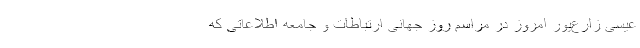
عیسی زارع‌پور امروز در مراسم روز جهانی ارتباطات و جامعه اطلاعاتی که